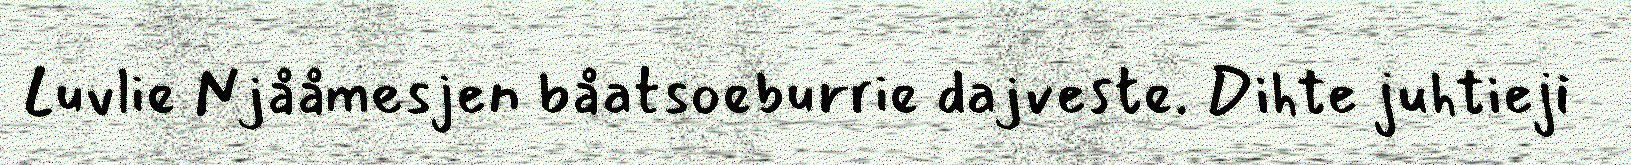
Luvlie Njååmesjen båatsoeburrie dajveste. Dihte juhtieji